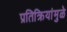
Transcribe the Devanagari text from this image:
प्रतिक्रियांमुळे